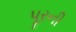
પૂરની